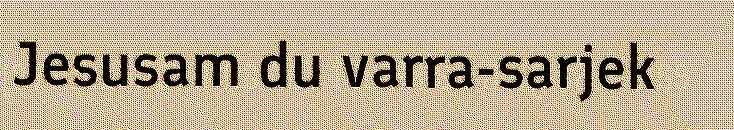
Jesusam du varra-sarjek